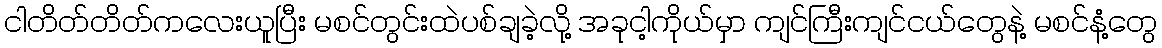
ငါတိတ်တိတ်ကလေးယူပြီး မစင်တွင်းထဲပစ်ချခဲ့လို့ အခုငါ့ကိုယ်မှာ ကျင်ကြီးကျင်ငယ်တွေနဲ့ မစင်နံ့တွေ